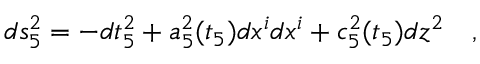
d s _ { 5 } ^ { 2 } = - d t _ { 5 } ^ { 2 } + a _ { 5 } ^ { 2 } ( t _ { 5 } ) d x ^ { i } d x ^ { i } + c _ { 5 } ^ { 2 } ( t _ { 5 } ) d z ^ { 2 } \quad ,